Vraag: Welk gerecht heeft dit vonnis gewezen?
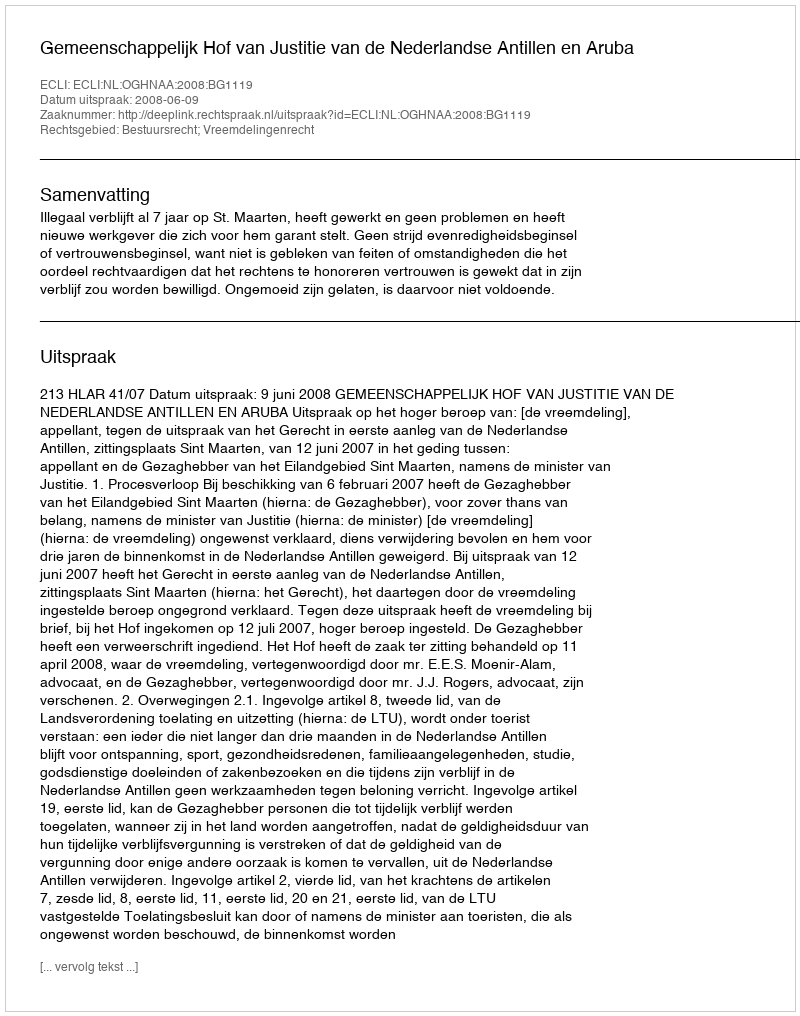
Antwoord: Gemeenschappelijk Hof van Justitie van de Nederlandse Antillen en Aruba